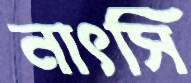
নাৎসি